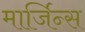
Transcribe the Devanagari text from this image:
मार्जिन्स